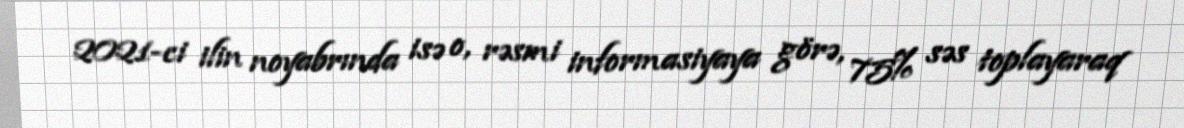
2021-ci ilin noyabrında isə o, rəsmi informasiyaya görə, 75% səs toplayaraq